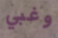
وغبي